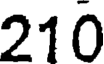
210